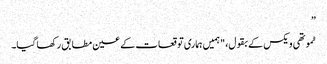
”
ٹموتھی ویکس کے بقول، "ہمیں ہماری توقعات کے عین مطابق رکھا گیا۔